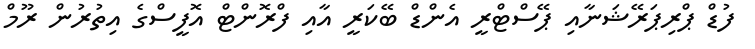
ފުޑް ޕްރިޕަރޭޝަނާއި ޕޭސްޓްރީ އެންޑް ބޭކަރީ އާއި ފްރޮންޓް އޮފީސްގެ އިތުރުން ރޫމް